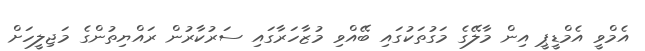
އެމްވީ އެމްޑީޕީ އިން މާލޭގެ މަގުތަކުގައި ބޭއްވި މުޒާހަރާގައި ސަރުކާރުން ރައްޔިތުންގެ މަޖިލީހަށް